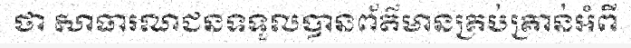
ថា សាធារណជនទទួលបានព័ត៌មានគ្រប់គ្រាន់អំពី